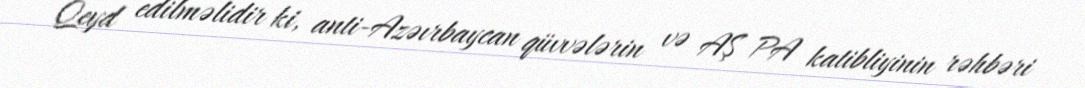
Qeyd edilməlidir ki, anti-Azəırbaycan qüvvələrin və AŞ PA katibliyinin rəhbəri